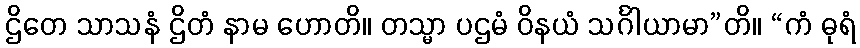
ဌိတေ သာသနံ ဌိတံ နာမ ဟောတိ။ တသ္မာ ပဌမံ ဝိနယံ သင်္ဂါယာမာ”တိ။ “ကံ ဓုရံ